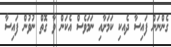
ގެންނަން ފައިސާ ދެއކި ކަމަށާއި ނަމަވެސް އެކަން ވާ ގޮތް ނުވުުން ފައިސާ